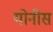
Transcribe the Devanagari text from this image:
योनीस